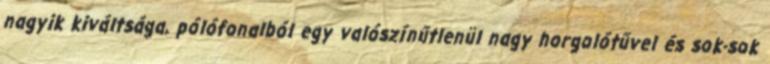
nagyik kiváltsága, pólófonalból egy valószínűtlenül nagy horgolótűvel és sok-sok